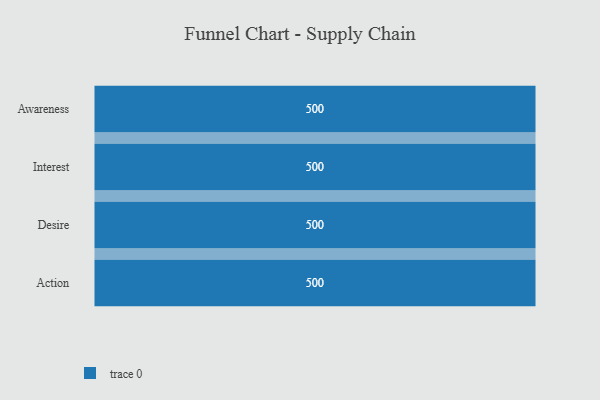
{"axis": {"x": "Stage", "y": "Value"}, "legend": [""], "data": [{"x": "Awareness", "y": 500, "type": ""}, {"x": "Interest", "y": 500, "type": ""}, {"x": "Desire", "y": 500, "type": ""}, {"x": "Action", "y": 500, "type": ""}]}